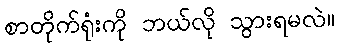
စာတိုက်ရုံးကို ဘယ်လို သွားရမလဲ။